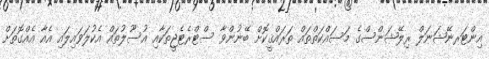
އިންޓަރނޭޝަނަލް ރިލޭޝަންސްގެ މަސައްކަތްތައް ތަރައްޤީކޮށް ބޭނުންވާ ސްޓްރެޓެޖީތަކާއި އުސޫލުތައް އެކުލަވައިލައި އެއާ އެއްގޮތަށް